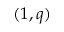
( 1 , q )